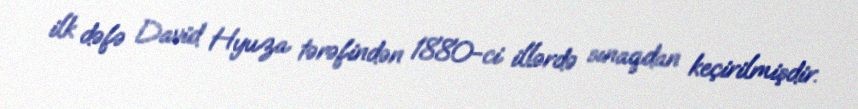
ilk dəfə David Hyuza tərəfindən 1880-ci illərdə sınaqdan keçirilmişdir.